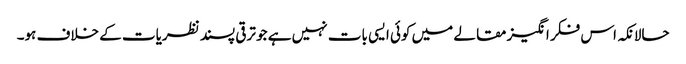
حالانکہ اس فکر انگیز مقالے میں کوئی ایسی بات نہیں ہے جو ترقی پسند نظریات کے خلاف ہو۔